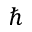
\hbar